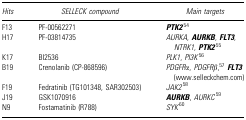
| Hits | SELLECK compound | Main targets |
 | --- | --- | --- |
 | F13 | PF-00562271 | PTK254 |
 | H17 | PF-03814735 | AURKA, AURKB, FLT3, NTRK1, PTK255 |
 | K17 | BI2536 | PLK1, PI3K56 |
 | B19 | Crenolanib (CP-868596) | PDGFRα, PDGFRβ,57FLT3 (www.selleckchem.com) |
 | F19 | Fedratinib (TG101348, SAR302503) | JAK258 |
 | J19 | GSK1070916 | AURKB, AURKC59 |
 | N9 | Fostamatinib (R788) | SYK60 |